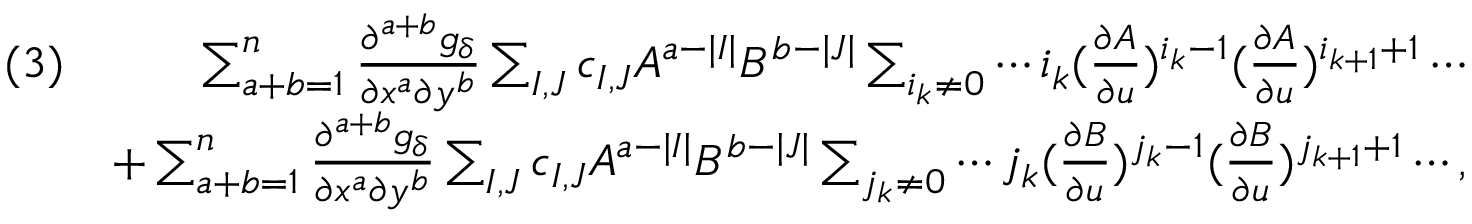
\begin{array} { r l r } & { ( 3 ) } & { \sum _ { a + b = 1 } ^ { n } \frac { \partial ^ { a + b } g _ { \delta } } { \partial x ^ { a } \partial y ^ { b } } \sum _ { I , J } c _ { I , J } A ^ { a - | I | } B ^ { b - | J | } \sum _ { i _ { k } \neq 0 } \cdots i _ { k } ( \frac { \partial A } { \partial u } ) ^ { i _ { k } - 1 } ( \frac { \partial A } { \partial u } ) ^ { i _ { k + 1 } + 1 } \cdots } \\ & { } & { + \sum _ { a + b = 1 } ^ { n } \frac { \partial ^ { a + b } g _ { \delta } } { \partial x ^ { a } \partial y ^ { b } } \sum _ { I , J } c _ { I , J } A ^ { a - | I | } B ^ { b - | J | } \sum _ { j _ { k } \neq 0 } \cdots j _ { k } ( \frac { \partial B } { \partial u } ) ^ { j _ { k } - 1 } ( \frac { \partial B } { \partial u } ) ^ { j _ { k + 1 } + 1 } \cdots , } \end{array}